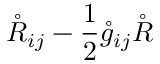
\mathring { R } _ { i j } - \frac 1 2 \mathring { g } _ { i j } \mathring { R }